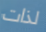
لذات